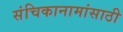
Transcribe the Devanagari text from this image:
संचिकानामांसाठी